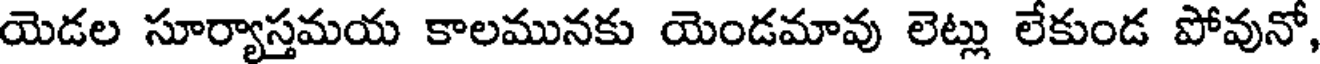
యెడల సూర్యాస్తమయ కాలమునకు యెండమావు లెట్లు లేకుండ పోవునో,